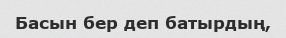
Басын бер деп батырдың,